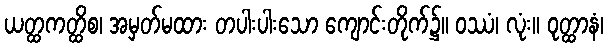
ယတ္ထကတ္ထိစ၊ အမှတ်မထား တပါးပါးသော ကျောင်းတိုက်၌။ ဝဿံ၊ လုံး။ ဝုတ္ထာနံ၊